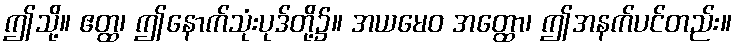
ဤသို့။ ဧတ္ထ၊ ဤနောက်သုံးပုဒ်တို့၌။ အယမေဝ အတ္ထော၊ ဤအနက်ပင်တည်း။